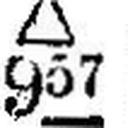
∆ 957